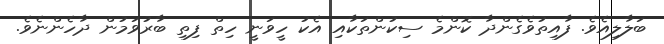
ބަލާލިއެވެ. ފާއިތުވެގެންދާ ކޮންމެ ސިކުންތަކާއި އެކު ހީވަނީ ހިތް ފިތި ބާރުވަމުން ދާހެންނެވެ.